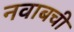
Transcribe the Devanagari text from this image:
नवाबची